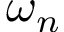
\omega _ { n }